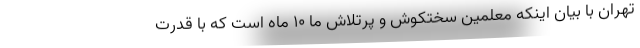
تهران با بیان اینکه معلمین سختکوش و پرتلاش ما ۱۰ ماه است که با قدرت